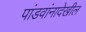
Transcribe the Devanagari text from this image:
पांडवांनादेखील